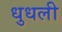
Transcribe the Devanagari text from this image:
धुधली